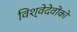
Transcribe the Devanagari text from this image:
विश्वेदेवोंको